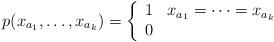
LaTeX: \begin{align*}p(x_{a_1},\dots,x_{a_k}) = \left\{ \begin{array}{ll}1 & x_{a_1}=\dots=x_{a_k}\\0 & \end{array} \right. \end{align*}